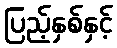
ပြည့်နှစ်နှင့်